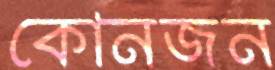
কোনজন